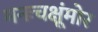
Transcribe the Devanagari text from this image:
मनःचक्षूंमोर